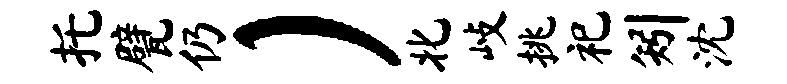
托甓仍）北歧挑祀矧沈